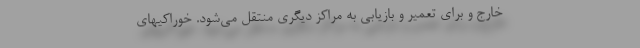
خارج و برای تعمیر و بازیابی به مراکز دیگری منتقل می‌شود. خوراکیهای